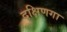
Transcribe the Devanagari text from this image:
दक्षिणगा